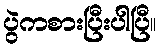
ပွဲကစားပြီးပါပြီ။